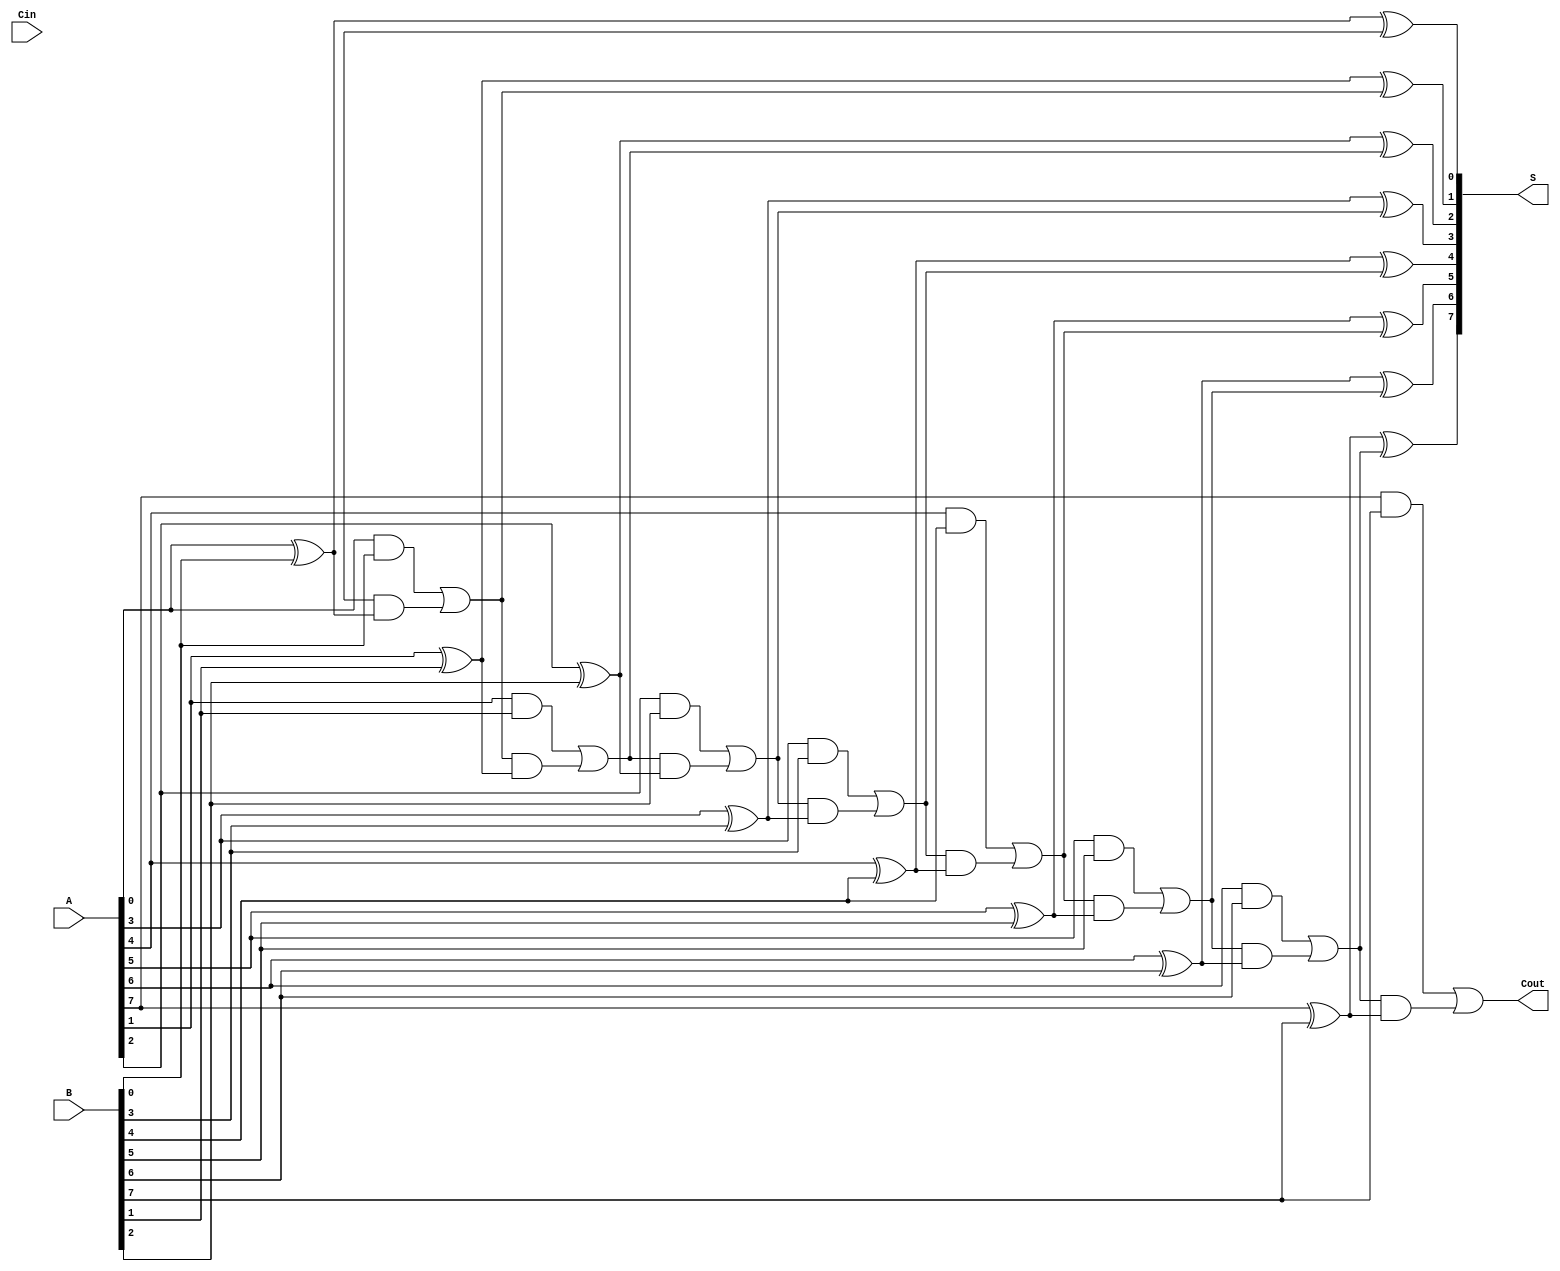
module PrecomputationCarryAdder #(parameter N = 8) (
    input  wire [N-1:0] A,      // First n-bit input
    input  wire [N-1:0] B,      // Second n-bit input
    input  wire Cin,             // Carry-in
    output wire [N-1:0] S,       // n-bit sum output
    output wire Cout             // Carry-out
);

    // Intermediate carry signals
    wire [N:0] C; // C[0] = Cin, C[1] to C[N] are carry outputs for each bit

    // Generate carry signals
    genvar i;
    generate
        for (i = 0; i < N; i = i + 1) begin : carry_generation
            // Carry generation logic
            assign C[i+1] = (A[i] & B[i]) | (C[i] & (A[i] ^ B[i]));
        end
    endgenerate

    // Sum calculation
    generate
        for (i = 0; i < N; i = i + 1) begin : sum_calculation
            assign S[i] = A[i] ^ B[i] ^ C[i]; // S[i] = A[i]  B[i]  C[i-1]
        end
    endgenerate

    // Carry-out is the last carry generated
    assign Cout = C[N];

endmodule